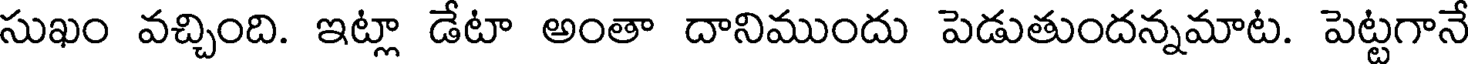
సుఖం వచ్చింది. ఇట్లా డేటా అంతా దానిముందు పెడుతుందన్నమాట. పెట్టగానే